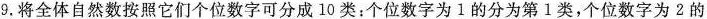
9.将全体自然数按照它们个位数字可分成10类：个位数字为1的分为第1类，个位数字为2的